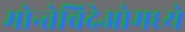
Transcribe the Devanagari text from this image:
मोन्तेविदेओमध्ये